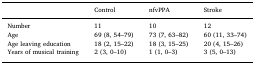
<table><thead><tr><td></td><td><b>Control</b></td><td><b>nfvPPA</b></td><td><b>Stroke</b></td></tr></thead><tbody><tr><td>Number</td><td>11</td><td>10</td><td>12</td></tr><tr><td>Age</td><td>69 (8, 54–79)</td><td>73 (7, 63–82)</td><td>60 (11, 33–74)</td></tr><tr><td>Age leaving education</td><td>18 (2, 15–22)</td><td>18 (3, 15–25)</td><td>20 (4, 15–26)</td></tr><tr><td>Years of musical training</td><td>2 (3, 0–10)</td><td>1 (1, 0–3)</td><td>3 (5, 0–13)</td></tr></tbody></table>